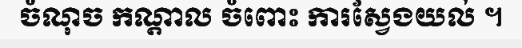
ចំណុច កណ្តាល ចំពោះ ការស្វែងយល់ ។